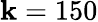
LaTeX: \mathbf{k}=150